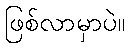
ဖြစ်လာမှာပဲ။